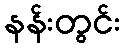
နန်းတွင်း